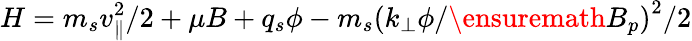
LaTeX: H=m_{s}v_{\parallel}^{2}/2+\mu B+q_{s}\phi-m_{s}\left(k_{\perp}\phi/\ensuremath{B_{p}}\right)^{2}/2